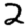
Digit: 2